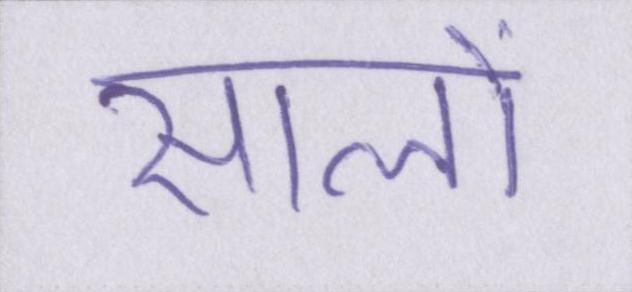
सालों